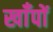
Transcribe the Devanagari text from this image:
खाँपों